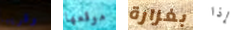
وقريبا موقعها بغزارة إذا